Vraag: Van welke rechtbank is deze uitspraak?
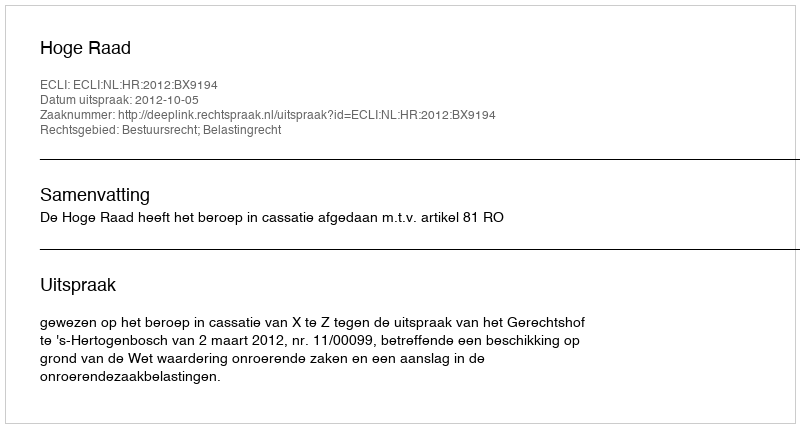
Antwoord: Hoge Raad